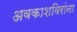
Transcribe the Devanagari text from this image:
अवकाशविरांना